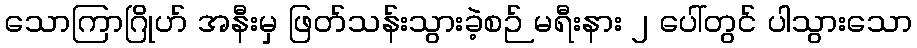
သောကြာဂြိုဟ် အနီးမှ ဖြတ်သန်းသွားခဲ့စဉ် မရီးနား ၂ ပေါ်တွင် ပါသွားသော